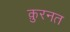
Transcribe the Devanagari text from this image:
क़ुरनत